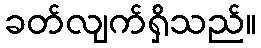
ခတ်လျက်ရှိသည်။